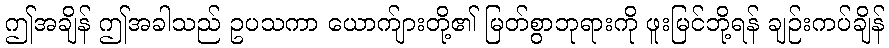
ဤအချိန် ဤအခါသည် ဥပသကာ ယောက်ျားတို့၏ မြတ်စွာဘုရားကို ဖူးမြင်ဘို့ရန် ချဉ်းကပ်ချိန်